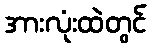
အားလုံးထဲတွင်